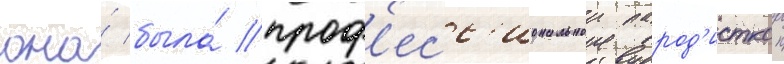
она́ была́ проф'есс'иональнои парод'исткои